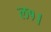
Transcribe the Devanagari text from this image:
ल१।